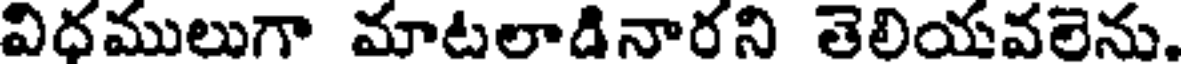
విధములుగా మాటలాడినారని తెలియవలెను.